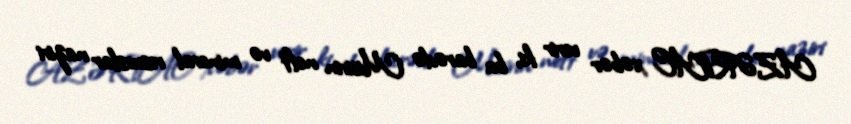
AZƏRTAC xəbər verir ki, bu barədə Misirin neft və mineral resurslar naziri